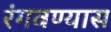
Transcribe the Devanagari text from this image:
रंगवण्यास